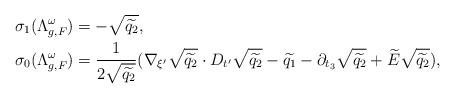
LaTeX: \begin{align*}\sigma_1(\Lambda_{g,F}^\omega) &= -\sqrt{\widetilde{q_2}}, \\\sigma_0(\Lambda_{g,F}^\omega) &= \frac{1}{2\sqrt{\widetilde{q_2}}}(\nabla_{\xi'}\sqrt{\widetilde{q_2}}\cdot D_{t'}\sqrt{\widetilde{q_2}}-\widetilde{q_1}-\partial_{t_3}\sqrt{\widetilde{q_2}} +\widetilde{E}\sqrt{\widetilde{q_2}}), \end{align*}